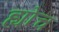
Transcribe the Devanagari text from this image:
ह्योच